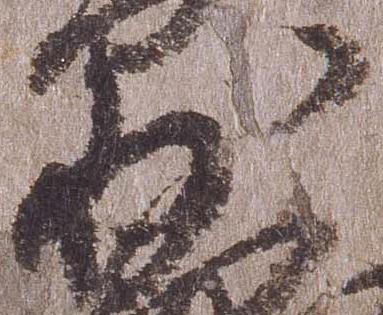
少